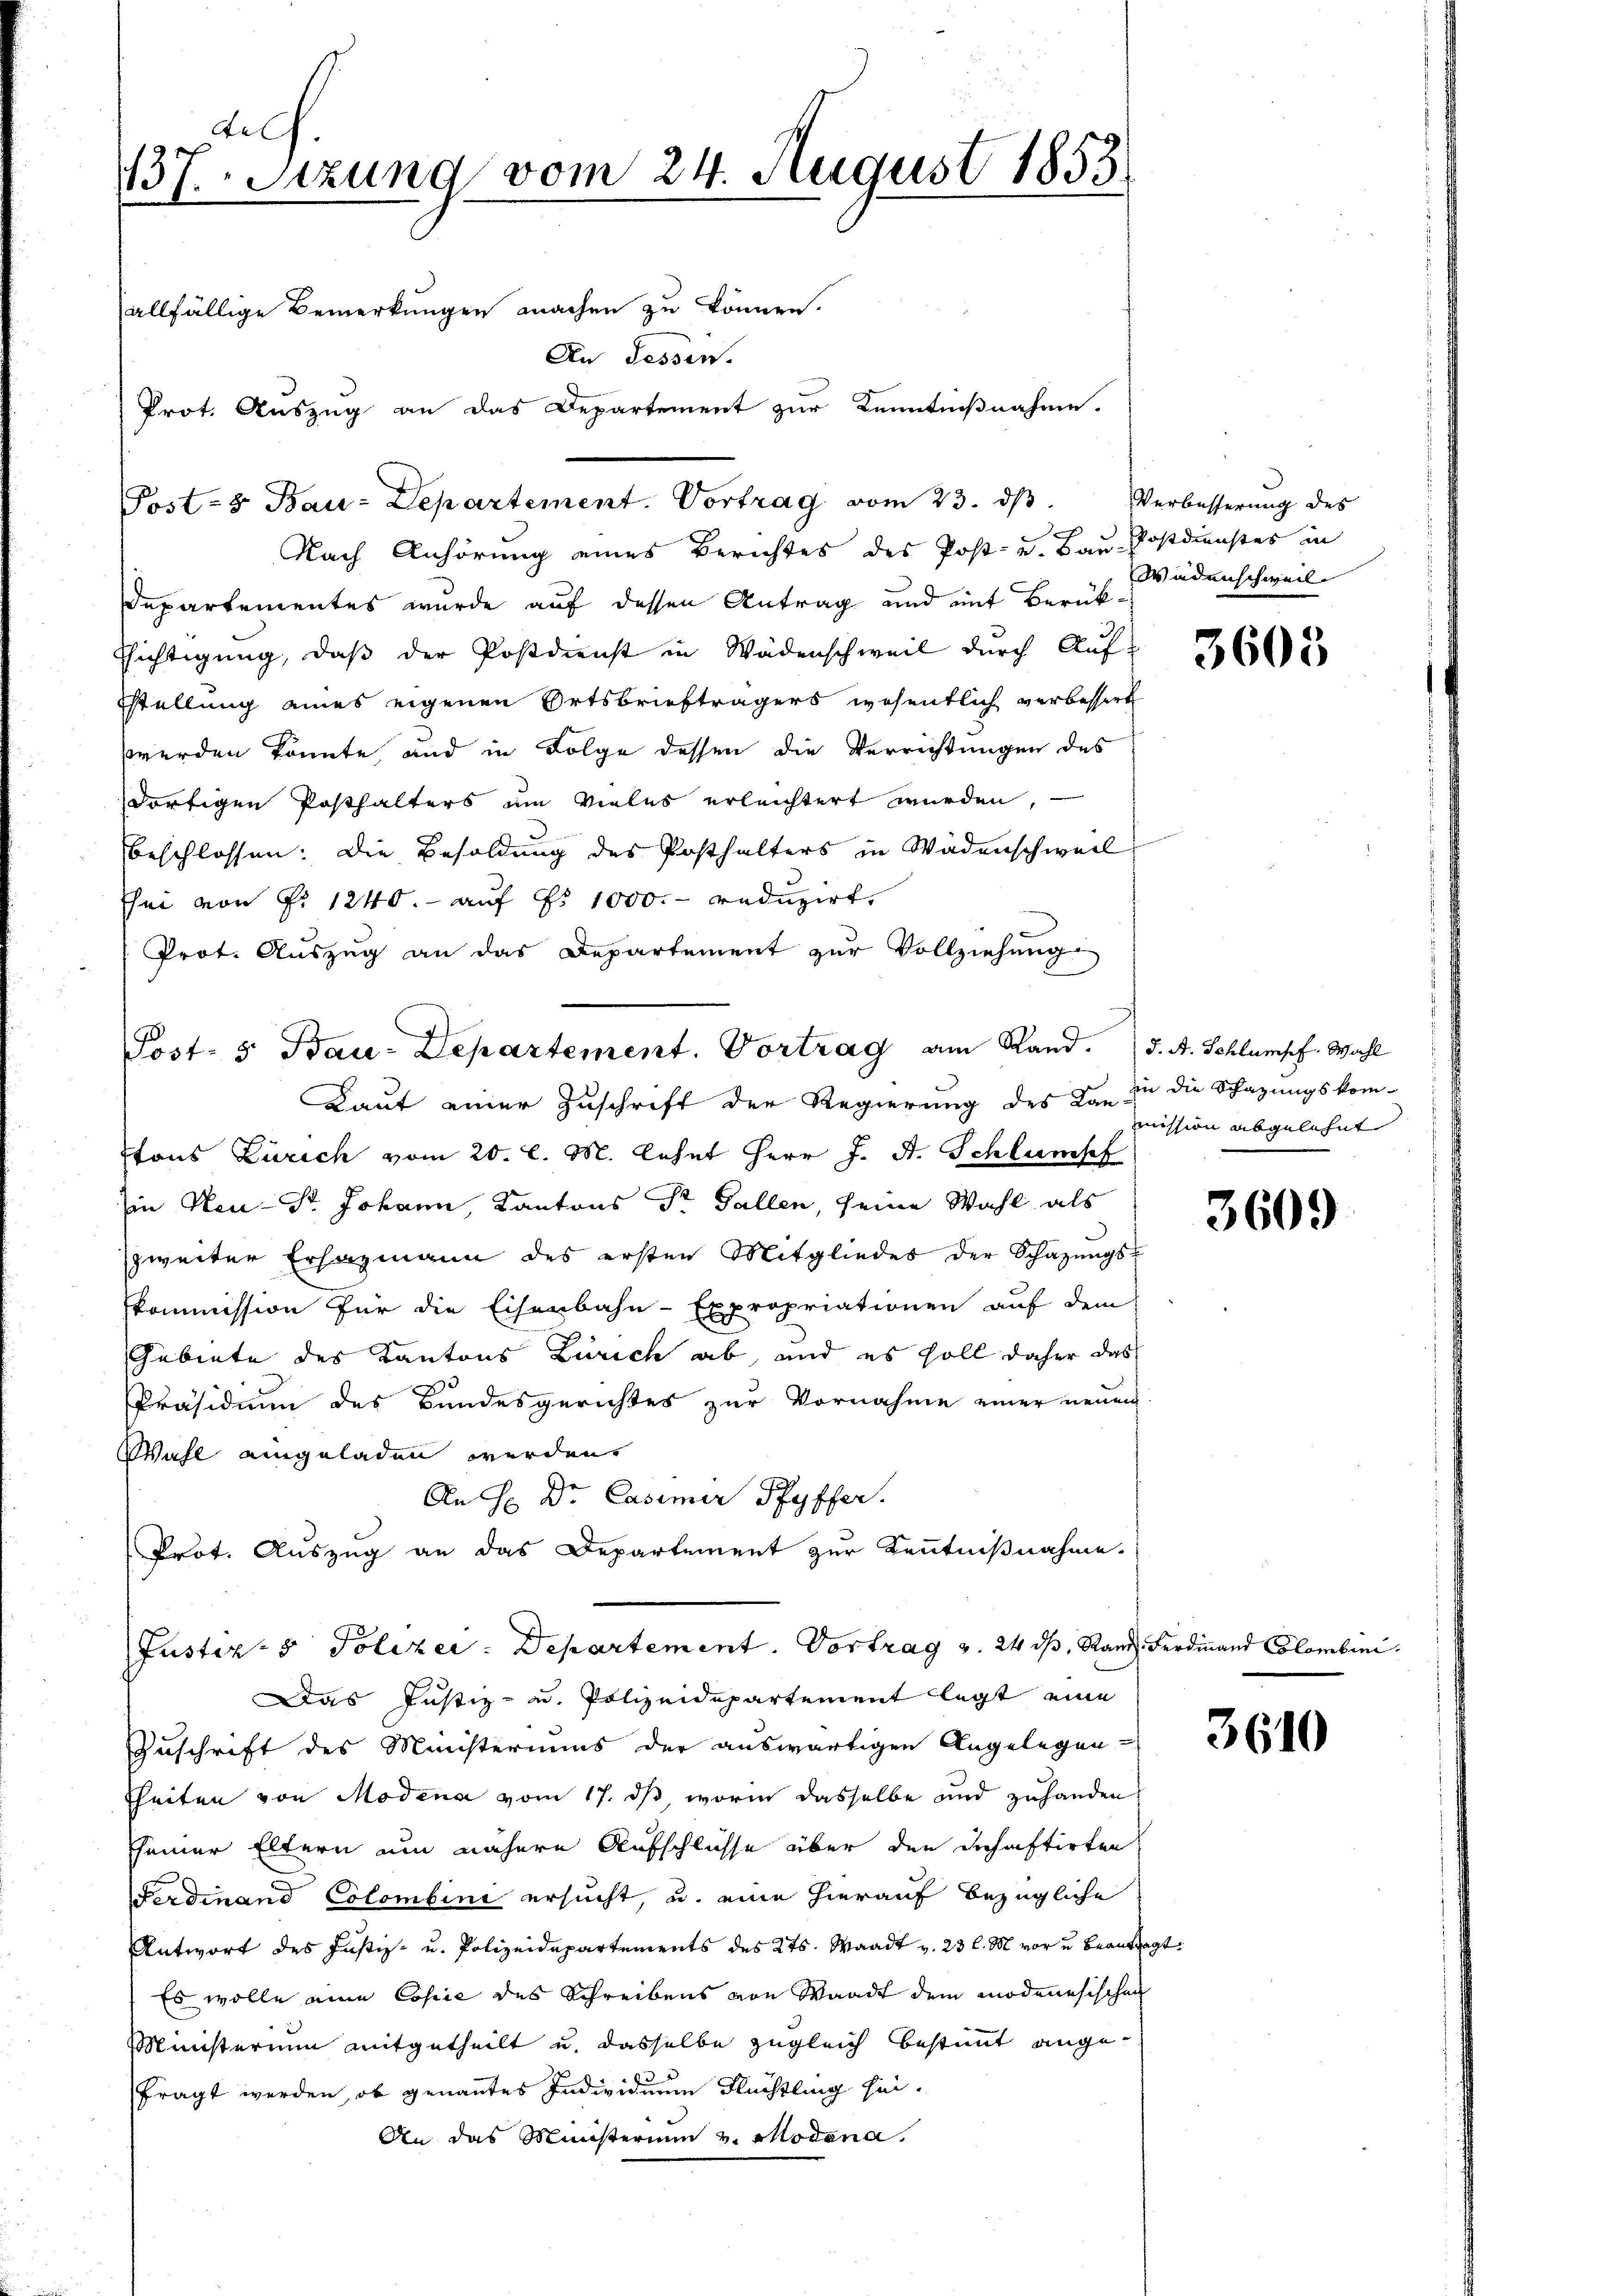
auf.
137. Sitzund vom 24. August 1853

allfällige Bemerkungen machen zu können.
An dessen.
Prot. Auszug an das Departement zur Kenntnißnahme.
Nach Anhörung eines Berichtes des Post- u. Bau-Postdienstes in
Departementes wurde auf dessen Antrag und mit Berück¬
Richtigung, daß der Postdienst in Wädenschweil durch Auft
sstellung eines eigenen Ortsbriefträgers wesentlich verbessert
werden könnte, und in Folge dessen die Verrichtungen des
dortigen Posthalters am vieles erleichtert wurden,
beschlossen: Die Besoldung des Posthalters in Wädenschweil
Ehei von P. 1240. - auf No 1000. reduzirt.
Prot. Auszug an das Departement zur Vollziehung
Laut einer Zuschrift der Regierung des dan in die Schazungskomtons Zürich vom 20. l. M. lehnt Herr J. A. Schlumpf
Iin Neu - Dr. Johann, Kantons Dr. Gallen, seine Wahl als
zweiter Erhazmann des ersten Mitgliedes der Schazungs-
skommission für die Eisenbahn-Expropriationen auf dem
Gebiete des Kantons Zürich ab, und es soll daher das
Präsidium des Bundesgerichtes zur Vornahme einer neuen
Wahl eingeladen werden.
An H: Dr. Casimir Pfyffer.
Prot. Auszug an das Departement zur Kenntnißnahme.
Justiz- & Polizei: Departement. Vortrag v. 24 dß, Rand Ferdinand Clombini
Das Justiz- u. Polizeidepartement legt eine
Zuschrift des Ministeriums der auswärtigen Angelegen-
fheiten von Modena vom 17. ds worin dasselbe und zuhanden.
Pseiner Eltern um nähere Aufschlüsse über den Inhaftirten
Ferdinand Colombini ersucht, u. eine hierauf bezügliche
Antwort des Justiz- u. Polizeidepartements des 2ts. Waadt v. 23 l. M. vor u. beantragt
Es wolle eine Copie des Schreibens von Waadt dem modenesischen
Ministerium mitgetheilt u. dasselbe zugleich bestimmt angefragt werden, ob genanntes Individuum Flüchtling sei¬
An das Ministerium v. Modena.

Post- 5. Bau-Departement. Vortrag am Rand. J. A. Schlumpf. Wahl

Post- Bau-Departement. Vortrag vom 23. dβ. Verbesserŭng des

Wadenschweil

mission abgelehnt

3609

3610